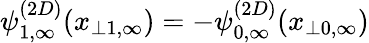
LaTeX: \psi_{1,\infty}^{(2D)}(x_{\perp 1,\infty})=-\psi_{0,\infty}^{(2D)}(x_{\perp 0,\infty})